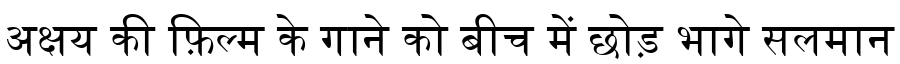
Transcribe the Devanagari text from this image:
अक्षय की फ़िल्म के गाने को बीच में छोड़ भागे सलमान